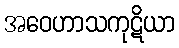
အဝေဟာသကုဋိယာ